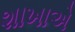
શાખાએ